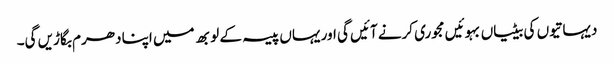
دیہاتیوں کی بیٹیاں بہوئیں مجوری کرنے آئیں گی اور یہاں پیسہ کے لوبھ میں اپنا دھرم بگاڑیں گی۔